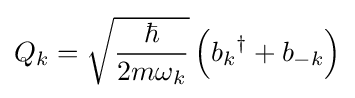
Q_{k}={\sqrt {\frac {\hbar }{2m\omega _{k}}}}\left({b_{k}}^{\dagger }+b_{-k}\right)